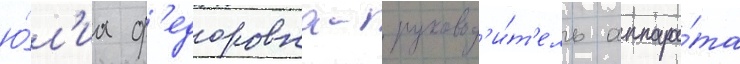
ю́л'иа ф'едоровна- руковод'и́т'ель аппара́та